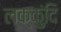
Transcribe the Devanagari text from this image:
लक्कुंदि